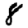
Digit: 8